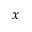
x